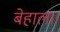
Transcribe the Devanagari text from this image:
बेहाल॥